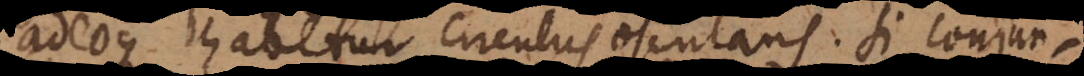
adeoque habetur circulus osculans. Si conjun